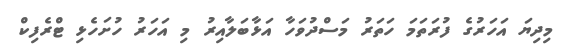
މިދިޔަ އަހަރުގެ ފުރަތަމަ ހަތަރު މަސްދުވަހާ އަޅާބަލާއިރު މި އަހަރު ހުށަހެޅި ޓްރެފިކް